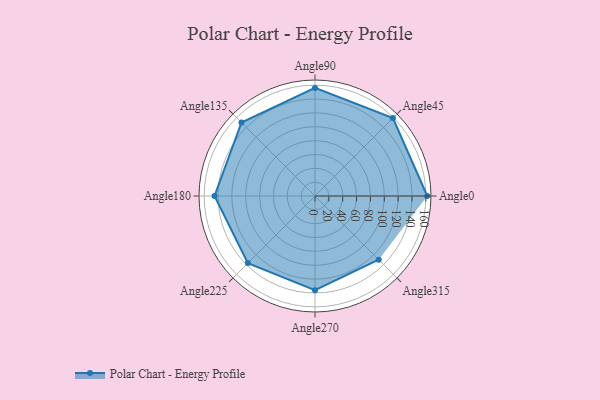
{"axis": {"x": "Angle", "y": "Radius"}, "legend": [""], "data": [{"x": "Angle0", "y": 162.0, "type": ""}, {"x": "Angle45", "y": 159.0, "type": ""}, {"x": "Angle90", "y": 156.0, "type": ""}, {"x": "Angle135", "y": 150.0, "type": ""}, {"x": "Angle180", "y": 145.0, "type": ""}, {"x": "Angle225", "y": 137.0, "type": ""}, {"x": "Angle270", "y": 136.0, "type": ""}, {"x": "Angle315", "y": 130.0, "type": ""}]}